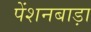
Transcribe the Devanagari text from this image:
पेंशनबाड़ा